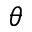
\theta